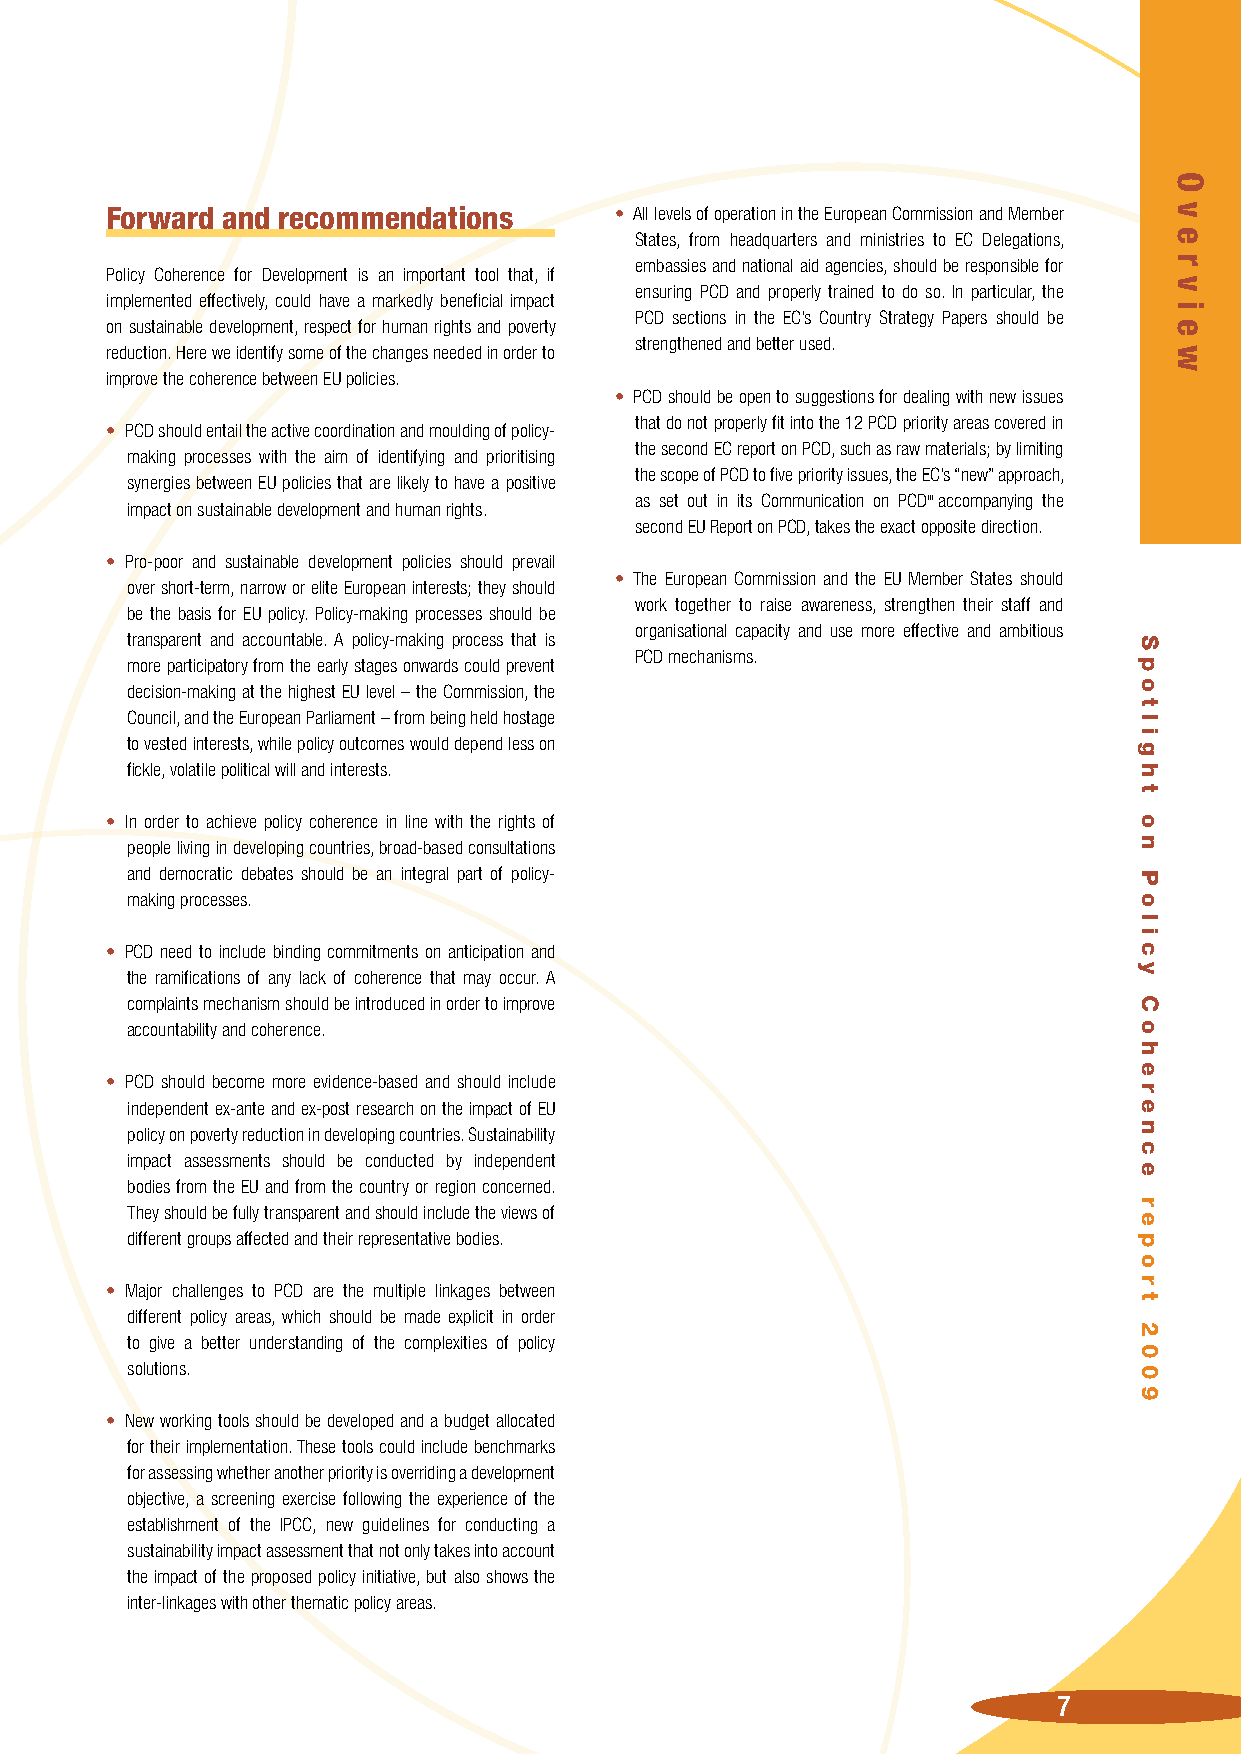
Forward and recommendations       • All levels of operation in the European Commission and Member
 States, from headquarters and ministries to EC Delegations,
 embassies and national aid agencies, should be responsible for
 Policy Coherence for Development is an important tool that, if
 ensuring PCD and properly trained to do so. In particular, the
 implemented effectively, could have a markedly beneficial impact
 PCD sections in the EC’s Country Strategy Papers should be
 on sustainable development, respect for human rights and poverty
 strengthened and better used.
 reduction. Here we identify some of the changes needed in order to
 improve the coherence between EU policies.
 • PCD should be open to suggestions for dealing with new issues
 that do not properly fit into the 12 PCD priority areas covered in
 • PCD should entail the active coordination and moulding of policy-
 the second EC report on PCD, such as raw materials; by limiting
 making processes with the aim of identifying and prioritising
 the scope of PCD to five priority issues, the EC’s “new” approach,
 synergies between EU policies that are likely to have a positive
 as set out in its Communication on PCDiii accompanying the
 impact on sustainable development and human rights.
 second EU Report on PCD, takes the exact opposite direction.
 • Pro-poor and sustainable development policies should prevail
 • The European Commission and the EU Member States should
 over short-term, narrow or elite European interests; they should
 work together to raise awareness, strengthen their staff and
 be the basis for EU policy. Policy-making processes should be
 organisational capacity and use more effective and ambitious
 transparent and accountable. A policy-making process that is
 PCD mechanisms.
 more participatory from the early stages onwards could prevent
 decision-making at the highest EU level – the Commission, the
 Council, and the European Parliament – from being held hostage
 to vested interests, while policy outcomes would depend less on
 fickle, volatile political will and interests.
 • In order to achieve policy coherence in line with the rights of
 people living in developing countries, broad-based consultations
 and democratic debates should be an integral part of policy-
 making processes.
 • PCD need to include binding commitments on anticipation and
 the ramifications of any lack of coherence that may occur. A
 complaints mechanism should be introduced in order to improve
 accountability and coherence.
 • PCD should become more evidence-based and should include
 independent ex-ante and ex-post research on the impact of EU
 policy on poverty reduction in developing countries. Sustainability
 impact assessments should be conducted by independent
 bodies from the EU and from the country or region concerned.
 They should be fully transparent and should include the views of
 different groups affected and their representative bodies.
 • Major challenges to PCD are the multiple linkages between
 different policy areas, which should be made explicit in order
 to give a better understanding of the complexities of policy
 solutions.
 • New working tools should be developed and a budget allocated
 for their implementation. These tools could include benchmarks
 for assessing whether another priority is overriding a development
 objective, a screening exercise following the experience of the
 establishment of the IPCC, new guidelines for conducting a
 sustainability impact assessment that not only takes into account
 the impact of the proposed policy initiative, but also shows the
 inter-linkages with other thematic policy areas.
 7
 S
 p
 o
 t
 l
 i
 g
 h
 t
 o
 n
 P
 o
 l
 i
 c
 y
 C
 o
 h
 e
 r
 e
 n
 c
 e
 r
 e
 p
 o
 r
 t
 2
 0
 0
 9
 O
 v
 e
 r
 v
 i
 e
 w